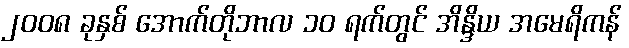
၂၀၀၈ ခုနှစ် အောက်တိုဘာလ ၁၀ ရက်တွင် အိန္ဒိယ အမေရိကန်